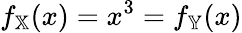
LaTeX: f_{\mathbb{X}}(x)=x^{3}=f_{\mathbb{Y}}(x)